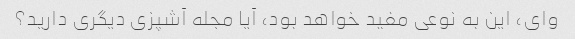
وای، این به نوعی مفید خواهد بود، آیا مجله آشپزی دیگری دارید؟